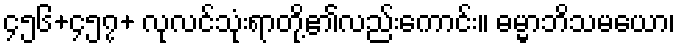
၄၅၆+၄၅၇+ လုလင်သုံးရာတို့၏လည်းကောင်း။ ဓမ္မာဘိသမယော၊